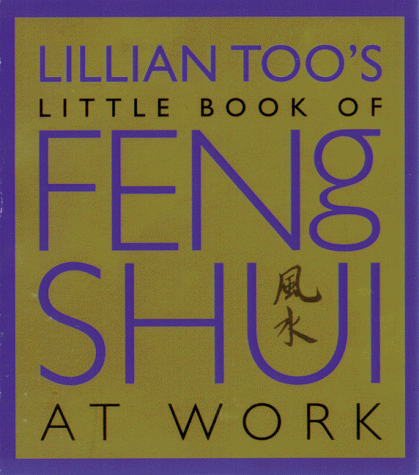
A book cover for Lillian Too's Little Book of Feng Shui at Work; Lillian Too; Business & Money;